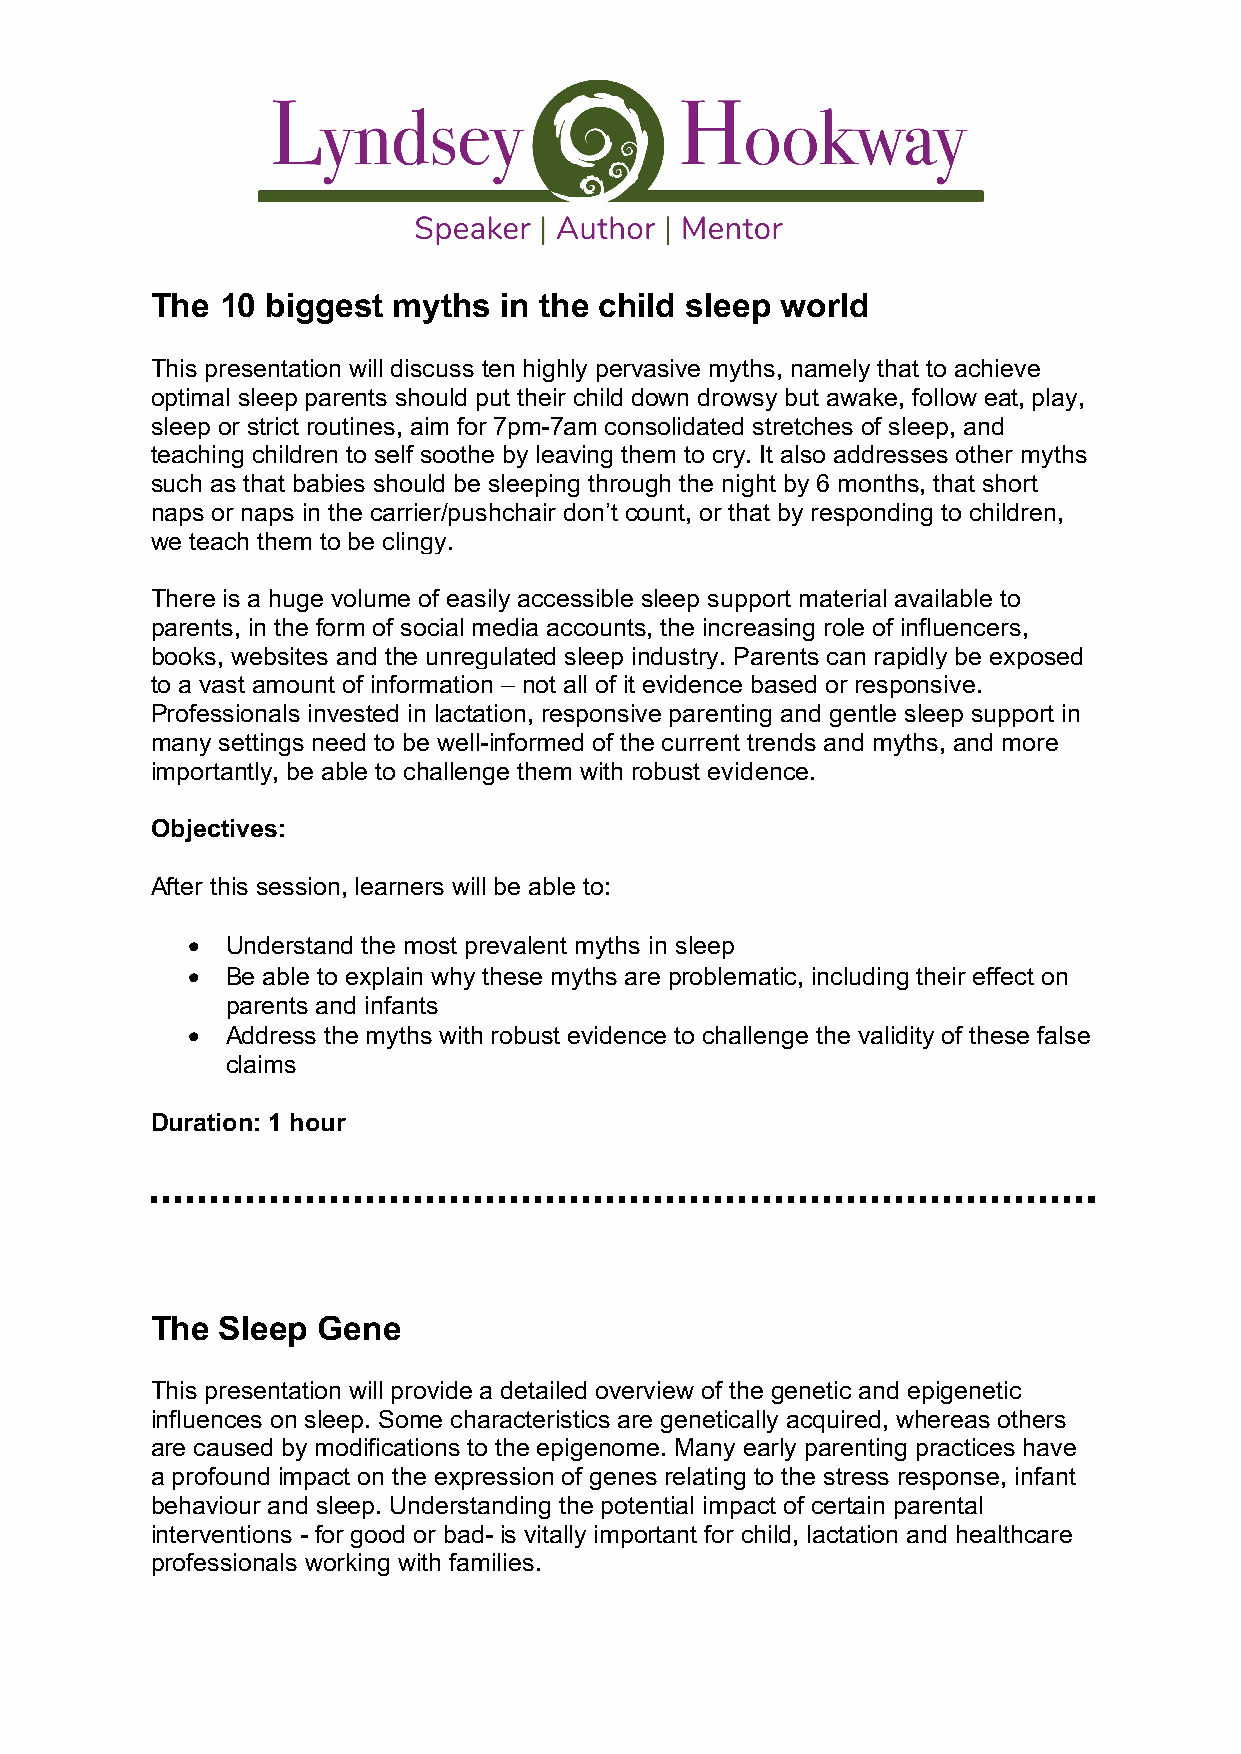
The  10 biggest myths  in the child sleep world
 This presentation will discuss ten highly pervasive myths, namely that to achieve
 optimal sleep parents should put their child down drowsy but awake, follow eat, play,
 sleep or strict routines, aim for 7pm-7am consolidated stretches of sleep, and
 teaching children to self soothe by leaving them to cry. It also addresses other myths
 such as that babies should be sleeping through the night by 6 months, that short
 naps or naps in the carrier/pushchair don’t count, or that by responding to children,
 we teach them to be clingy.
 There is a huge volume of easily accessible sleep support material available to
 parents, in the form of social media accounts, the increasing role of influencers,
 books, websites and the unregulated sleep industry. Parents can rapidly be exposed
 to a vast amount of information – not all of it evidence based or responsive.
 Professionals invested in lactation, responsive parenting and gentle sleep support in
 many settings need to be well-informed of the current trends and myths, and more
 importantly, be able to challenge them with robust evidence.
 Objectives:
 After this session, learners will be able to:
 •  Understand the most prevalent myths in sleep
 •  Be able to explain why these myths are problematic, including their effect on
 parents and infants
 •  Address the myths with robust evidence to challenge the validity of these false
 claims
 Duration: 1 hour
 The Sleep  Gene
 This presentation will provide a detailed overview of the genetic and epigenetic
 influences on sleep. Some characteristics are genetically acquired, whereas others
 are caused by modifications to the epigenome. Many early parenting practices have
 a profound impact on the expression of genes relating to the stress response, infant
 behaviour and sleep. Understanding the potential impact of certain parental
 interventions - for good or bad- is vitally important for child, lactation and healthcare
 professionals working with families.